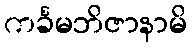
ကင်္ခမဘိဇာနာမိ